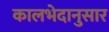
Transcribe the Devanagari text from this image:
कालभेदानुसार